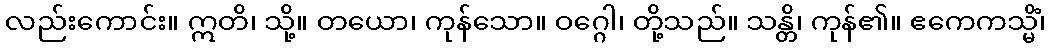
လည်းကောင်း။ ဣတိ၊ သို့။ တယော၊ ကုန်သော။ ဝဂ္ဂေါ၊ တို့သည်။ သန္တိ၊ ကုန်၏။ ဧကေကသ္မိံ၊